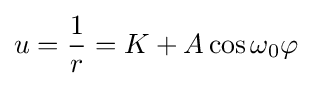
u={\frac {1}{r}}=K+A\cos \omega _{\mathrm {0} }\varphi